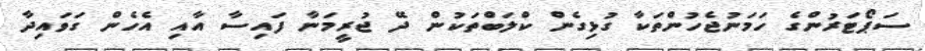
ސަޕޯޓަރުންގެ ހަމަނުޖެހުންތަކާ ގުޅިގެން ކްލަބްތަކުން ދޭ ޖުރީމަނާ ފައިސާ އާއި އެހެން ގަވައިދާ